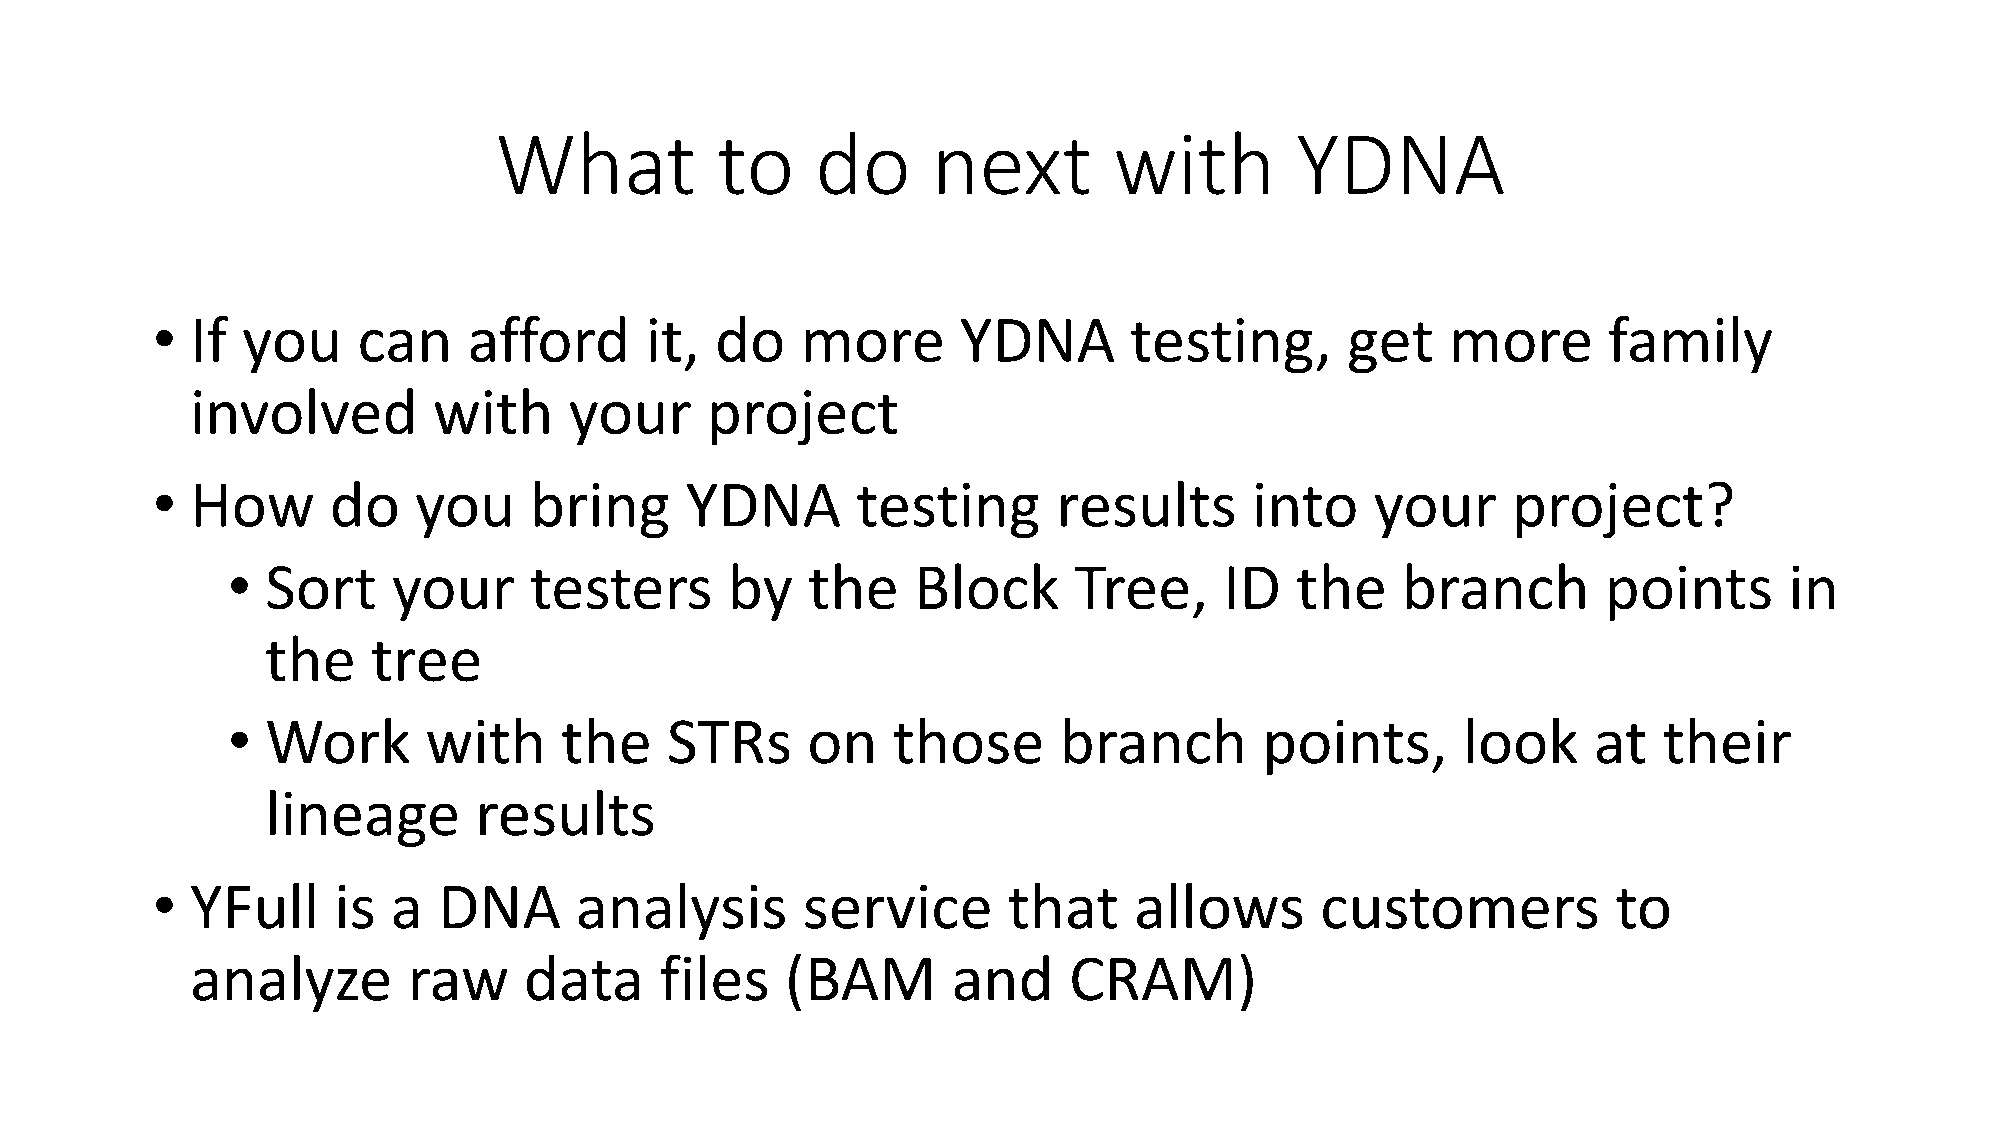
What          to     do      next        with        YDNA
 •  If you     can    afford      it, do    more       YDNA       testing,      get    more      family
 involved        with     your     project
 •  How      do   you     bring     YDNA        testing      results      into    your     project?
 •  Sort    your     testers      by   the    Block      Tree,     ID   the    branch       points      in
 the    tree
 •  Work      with     the    STRs     on    those      branch        points,      look    at   their
 lineage      results
 •  YFull    is  a  DNA      analysis       service       that    allows      customers           to
 analyze       raw     data     files   (BAM       and     CRAM)